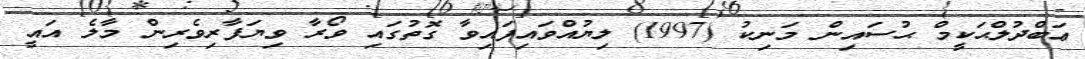
ޢަބްދުލްޙަކީމް ޙުސައިން މަނިކު (1997) ލިޔުއްވައިފައިވާ ގޮތުގައި ވޯރާ ވިޔަފާރިވެރިން މާލެ އައީ